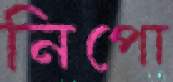
নিপো